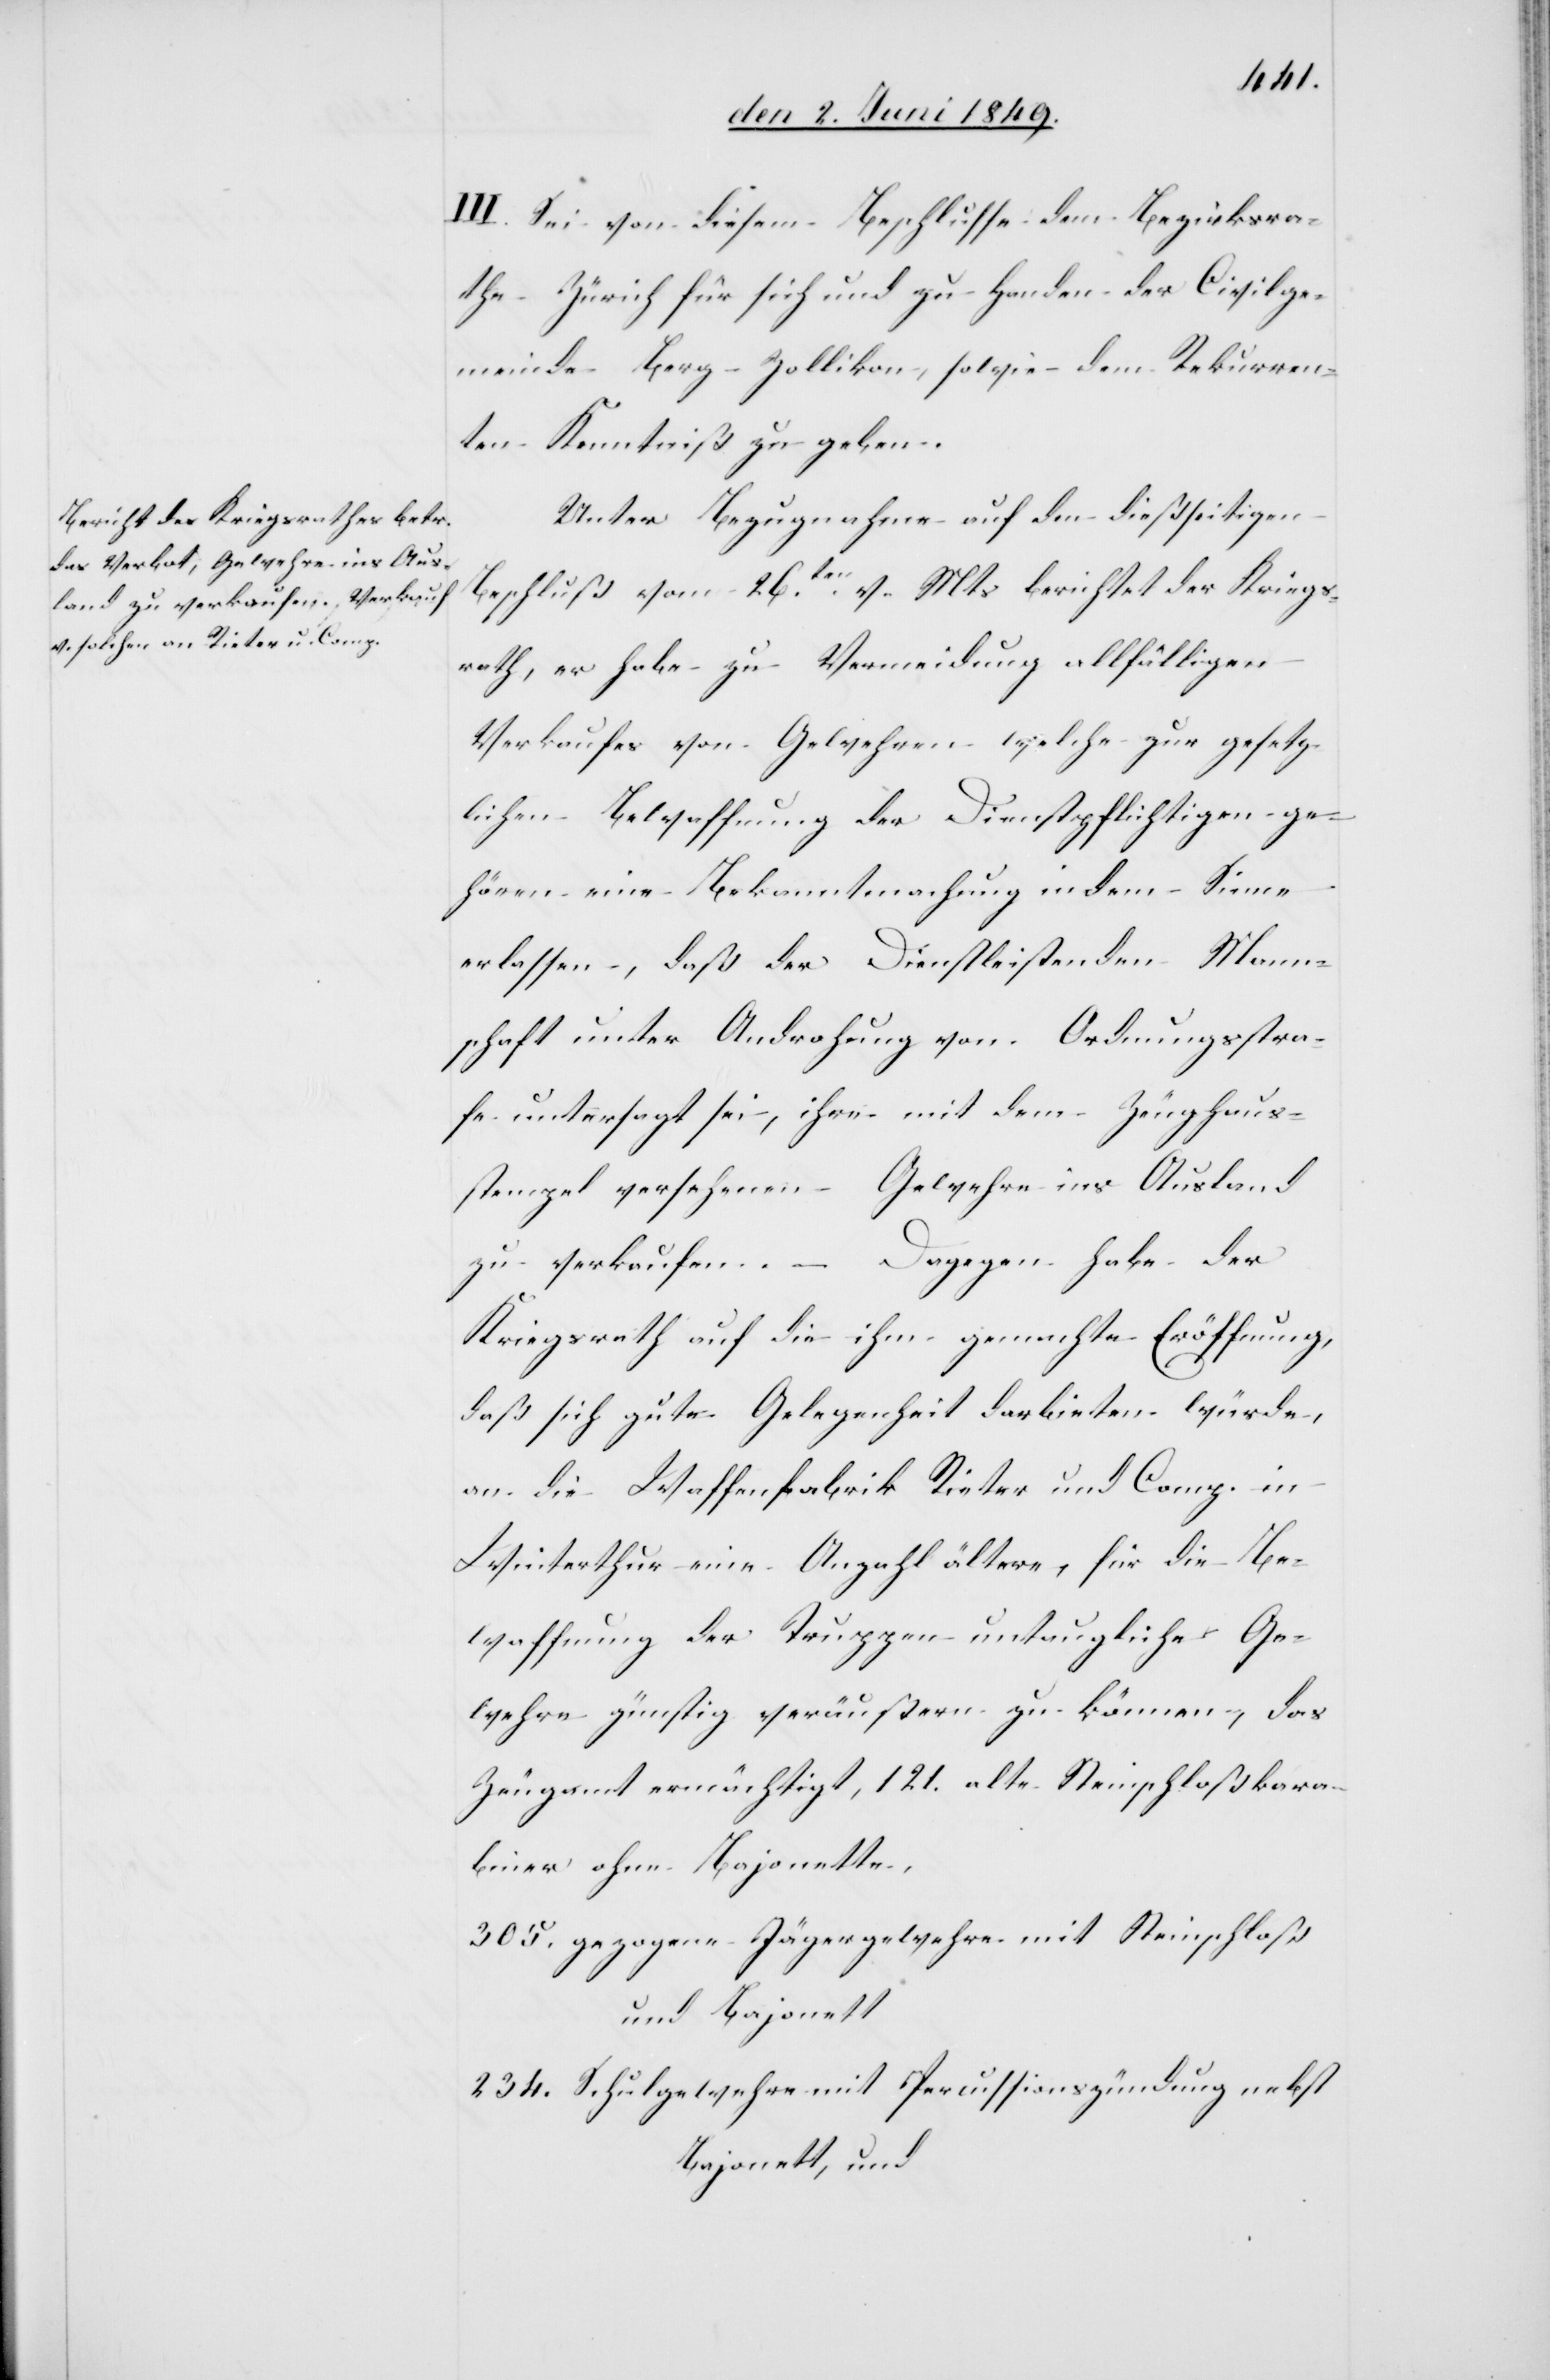
III. Sei von diesem Beschlusse dem Bezirksra¬
the Zürich für sich und zu Handen der Civilge¬
meinde Berg-Zollikon, sowie dem Rekurren¬
ten Kenntniß zu geben.
Unter Bezugnahme auf den dießseitigen
Beschluß vom 26ten v. Mts. berichtet der Kriegs¬
rath, er habe zu Vermeidung allfälligen
Verkaufes von Gewehren, welche zur gesetz¬
lichen Bewaffnung der Dienstpflichtigen ge¬
hören eine Bekanntmachung indem Sinne
erlassen, daß der Dienstleistenden Mann¬
schaft unter Androhung von Ordnungsstra¬
fe untersagt sei, ihre mit dem Zeughaus¬
stempel versehenen Gewehre ins Ausland
zu verkaufen. – Dagegen habe der
Kriegsrath auf die ihm gemachte Eröffnung,
daß sich gute Gelegenheit darbieten würde,
an die Waffenfabrik Rieter und Comp. in
Winterthur eine Anzahl ältere, für die Be¬
waffnung der Truppen untaugliche Ge¬
wehre günstig veräußern zu können, das
Zeugamt ermächtigt, 121. alte Steinschloßkara¬
biner ohne Bajonette.
305. gezogene Jägergewehre mit Steinschloß
und Bajonett
234. Schulgewehre mit Percussionszündung nebst
Bajonett, und